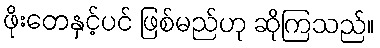
ဖိုးတေနှင့်ပင် ဖြစ်မည်ဟု ဆိုကြသည်။